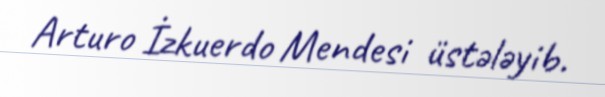
Arturo İzkuerdo Mendesi üstələyib.